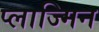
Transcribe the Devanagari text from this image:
प्लाज्मिन